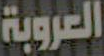
العروبة